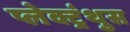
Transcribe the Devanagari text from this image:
प्लेक्ट्रंथुस